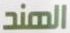
الهند